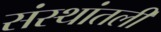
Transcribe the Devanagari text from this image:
संस्थांतली